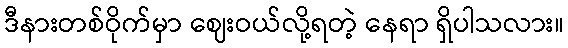
ဒီနားတစ်ဝိုက်မှာ ဈေးဝယ်လို့ရတဲ့ နေရာ ရှိပါသလား။